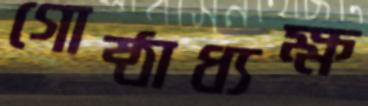
গোষ্ঠাধ্যক্ষ